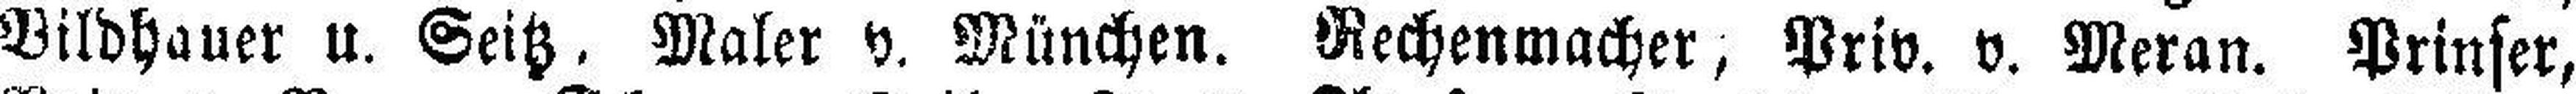
Bildhauer u. Seitz. Maler v. München. Rechenmacher, Priv. v. Meran. Prinser,